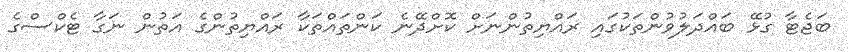
ބަޖެޓާ ގުޅޭ ބައްދަލުވުންތަކުގައި ރައްޔިތުންނަށް ކޮށްދޭނެ ކަންތައްތަކާ ރައްޔިތުންގެ އަތުން ނަގާ ޓެކްސްގެ